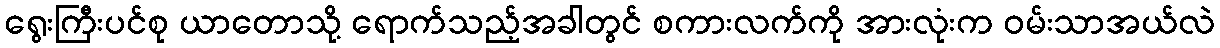
ရွေးကြီးပင်စု ယာတောသို့ ရောက်သည့်အခါတွင် စကားလက်ကို အားလုံးက ဝမ်းသာအယ်လဲ